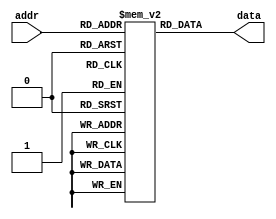
module ay_note_ram(addr, data);
input wire [6:0] addr;
output wire [11:0] data; //12  - 
reg [11:0] note_ram [0:127];
initial begin
  note_ram[0] <= 12'd03977;
  note_ram[1] <= 12'd03977;
  note_ram[2] <= 12'd03977;
  note_ram[3] <= 12'd03977;
  note_ram[4] <= 12'd03977;
  note_ram[5] <= 12'd03977;
  note_ram[6] <= 12'd03977;
  note_ram[7] <= 12'd03977;
  note_ram[8] <= 12'd03977;
  note_ram[9] <= 12'd03977;
  note_ram[10] <= 12'd03977;
  note_ram[11] <= 12'd03977;
  note_ram[12] <= 12'd03977;
  note_ram[13] <= 12'd03977;
  note_ram[14] <= 12'd03977;
  note_ram[15] <= 12'd03977;
  note_ram[16] <= 12'd03977;
  note_ram[17] <= 12'd03977;
  note_ram[18] <= 12'd03977;
  note_ram[19] <= 12'd03977;
  note_ram[20] <= 12'd03977;
  note_ram[21] <= 12'd03977;
  note_ram[22] <= 12'd03754;
  note_ram[23] <= 12'd03543;
  note_ram[24] <= 12'd03344;
  note_ram[25] <= 12'd03157;
  note_ram[26] <= 12'd02980;
  note_ram[27] <= 12'd02812;
  note_ram[28] <= 12'd02655;
  note_ram[29] <= 12'd02506;
  note_ram[30] <= 12'd02365;
  note_ram[31] <= 12'd02232;
  note_ram[32] <= 12'd02107;
  note_ram[33] <= 12'd01989;
  note_ram[34] <= 12'd01877;
  note_ram[35] <= 12'd01772;
  note_ram[36] <= 12'd01672;
  note_ram[37] <= 12'd01578;
  note_ram[38] <= 12'd01490;
  note_ram[39] <= 12'd01406;
  note_ram[40] <= 12'd01327;
  note_ram[41] <= 12'd01253;
  note_ram[42] <= 12'd01182;
  note_ram[43] <= 12'd01116;
  note_ram[44] <= 12'd01053;
  note_ram[45] <= 12'd0994;
  note_ram[46] <= 12'd0939;
  note_ram[47] <= 12'd0886;
  note_ram[48] <= 12'd0836;
  note_ram[49] <= 12'd0789;
  note_ram[50] <= 12'd0745;
  note_ram[51] <= 12'd0703;
  note_ram[52] <= 12'd0664;
  note_ram[53] <= 12'd0626;
  note_ram[54] <= 12'd0591;
  note_ram[55] <= 12'd0558;
  note_ram[56] <= 12'd0527;
  note_ram[57] <= 12'd0497;
  note_ram[58] <= 12'd0469;
  note_ram[59] <= 12'd0443;
  note_ram[60] <= 12'd0418;
  note_ram[61] <= 12'd0395;
  note_ram[62] <= 12'd0372;
  note_ram[63] <= 12'd0352;
  note_ram[64] <= 12'd0332;
  note_ram[65] <= 12'd0313;
  note_ram[66] <= 12'd0296;
  note_ram[67] <= 12'd0279;
  note_ram[68] <= 12'd0263;
  note_ram[69] <= 12'd0249;
  note_ram[70] <= 12'd0235;
  note_ram[71] <= 12'd0221;
  note_ram[72] <= 12'd0209;
  note_ram[73] <= 12'd0197;
  note_ram[74] <= 12'd0186;
  note_ram[75] <= 12'd0176;
  note_ram[76] <= 12'd0166;
  note_ram[77] <= 12'd0157;
  note_ram[78] <= 12'd0148;
  note_ram[79] <= 12'd0140;
  note_ram[80] <= 12'd0132;
  note_ram[81] <= 12'd0124;
  note_ram[82] <= 12'd0117;
  note_ram[83] <= 12'd0111;
  note_ram[84] <= 12'd0105;
  note_ram[85] <= 12'd099;
  note_ram[86] <= 12'd093;
  note_ram[87] <= 12'd088;
  note_ram[88] <= 12'd083;
  note_ram[89] <= 12'd078;
  note_ram[90] <= 12'd074;
  note_ram[91] <= 12'd070;
  note_ram[92] <= 12'd066;
  note_ram[93] <= 12'd062;
  note_ram[94] <= 12'd059;
  note_ram[95] <= 12'd055;
  note_ram[96] <= 12'd052;
  note_ram[97] <= 12'd049;
  note_ram[98] <= 12'd047;
  note_ram[99] <= 12'd044;
  note_ram[100] <= 12'd041;
  note_ram[101] <= 12'd039;
  note_ram[102] <= 12'd037;
  note_ram[103] <= 12'd035;
  note_ram[104] <= 12'd033;
  note_ram[105] <= 12'd031;
  note_ram[106] <= 12'd029;
  note_ram[107] <= 12'd028;
  note_ram[108] <= 12'd026;
  note_ram[109] <= 12'd025;
  note_ram[110] <= 12'd023;
  note_ram[111] <= 12'd022;
  note_ram[112] <= 12'd021;
  note_ram[113] <= 12'd020;
  note_ram[114] <= 12'd018;
  note_ram[115] <= 12'd017;
  note_ram[116] <= 12'd016;
  note_ram[117] <= 12'd016;
  note_ram[118] <= 12'd015;
  note_ram[119] <= 12'd014;
  note_ram[120] <= 12'd013;
  note_ram[121] <= 12'd012;
  note_ram[122] <= 12'd012;
  note_ram[123] <= 12'd011;
  note_ram[124] <= 12'd010;
  note_ram[125] <= 12'd010;
  note_ram[126] <= 12'd09;
  note_ram[127] <= 12'd09;
end

assign data = note_ram[addr];

endmodule